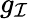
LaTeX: g_{\mathcal{I}}